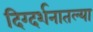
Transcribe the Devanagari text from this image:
दिग्दर्शनातल्या